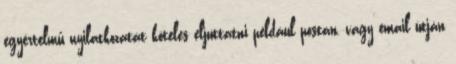
egyértelmű nyilatkozatát köteles eljuttatni például postán, vagy email útján